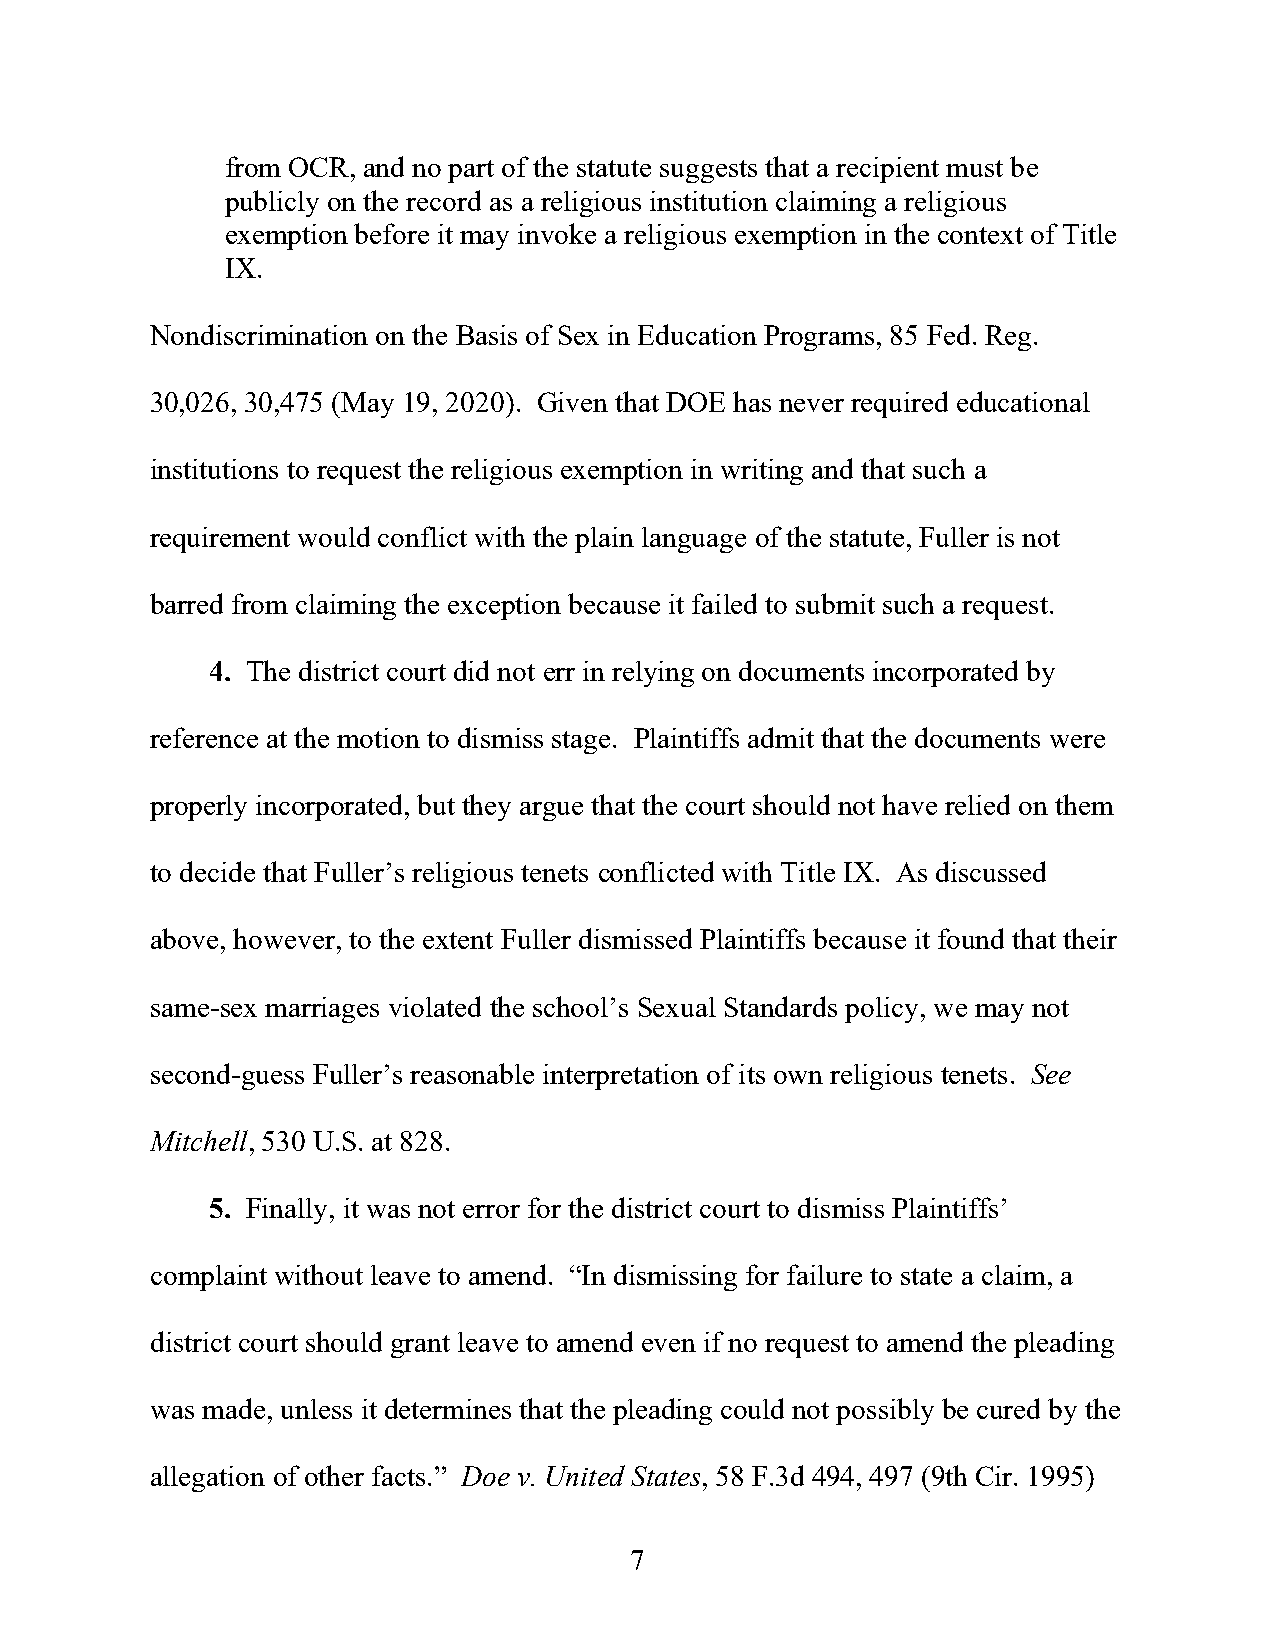
from OCR, and no part of the statute suggests that a recipient must be
 publicly on the record as a religious institution claiming a religious
 exemption before it may invoke a religious exemption in the context of Title
 IX.
 Nondiscrimination on the Basis of Sex in Education Programs, 85 Fed. Reg.
 30,026, 30,475 (May 19, 2020). Given that DOE has never required educational
 institutions to request the religious exemption in writing and that such a
 requirement would conflict with the plain language of the statute, Fuller is not
 barred from claiming the exception because it failed to submit such a request.
 4. The district court did not err in relying on documents incorporated by
 reference at the motion to dismiss stage. Plaintiffs admit that the documents were
 properly incorporated, but they argue that the court should not have relied on them
 to decide that Fuller’s religious tenets conflicted with Title IX. As discussed
 above, however, to the extent Fuller dismissed Plaintiffs because it found that their
 same-sex marriages violated the school’s Sexual Standards policy, we may not
 second-guess Fuller’s reasonable interpretation of its own religious tenets. See
 Mitchell, 530 U.S. at 828.
 5. Finally, it was not error for the district court to dismiss Plaintiffs’
 complaint without leave to amend. “In dismissing for failure to state a claim, a
 district court should grant leave to amend even if no request to amend the pleading
 was made, unless it determines that the pleading could not possibly be cured by the
 allegation of other facts.” Doe v. United States, 58 F.3d 494, 497 (9th Cir. 1995)
 7